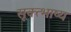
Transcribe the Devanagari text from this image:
सूक्त्भाष्य